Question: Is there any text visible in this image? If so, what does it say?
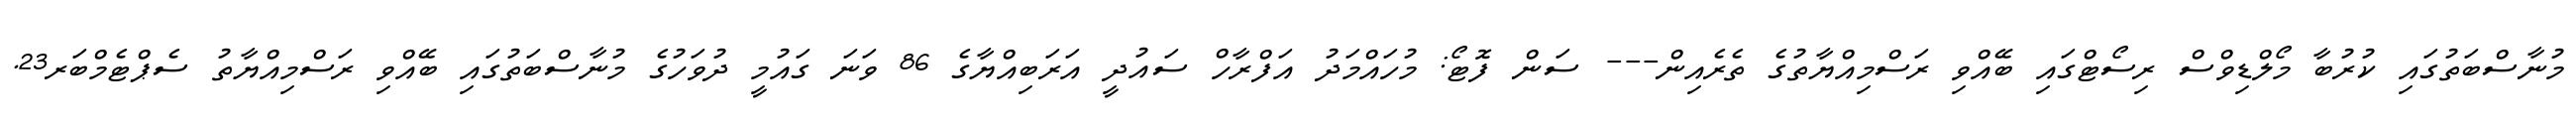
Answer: މުނާސްބަތުގައި ކުރުބާ މޯލްޑިވްސް ރިސޯޓްގައި ބޭއްވި ރަސްމިއްޔާތުގެ ތެރެއިން--- ސަން ފޮޓޯ: މުހައްމަދު އަފްރާހް ސައުދީ އަރަބިއްޔާގެ 86 ވަނަ ގައުމީ ދުވަހުގެ މުނާސްބަތުގައި ބޭއްވި ރަސްމިއްޔާތު ސެޕްޓެމްބަރ23.